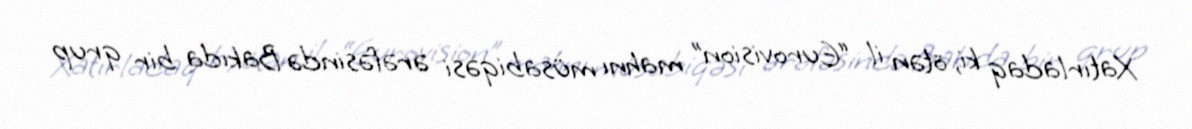
Xatırladaq ki, ötən il “Eurovision” mahnı müsabiqəsi ərəfəsində Bakıda bir qrup